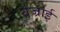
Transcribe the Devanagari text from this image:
वज्राई